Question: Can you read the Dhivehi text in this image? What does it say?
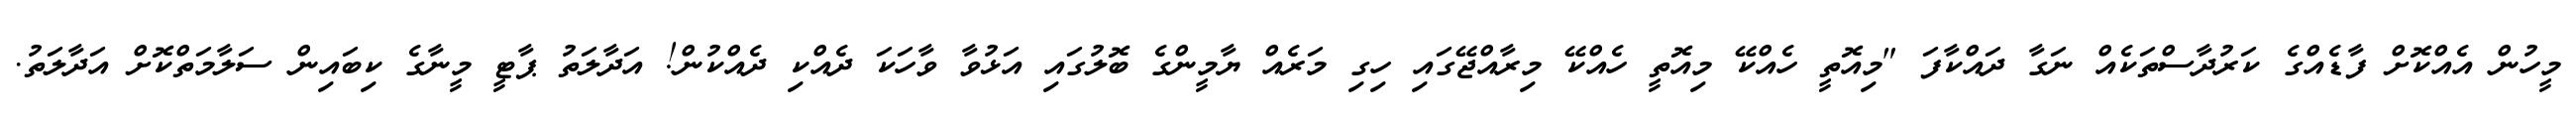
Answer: މީހުން އެއްކޮށް ފާޑެއްގެ ކަރުދާސްތަކެއް ނަގާ ދައްކާފަ "މިއޮތީ ހެއްކޭ މިއޮތީ ހެއްކޭ މިރާއްޖޭގައި ހިގި މަރެއް ޔާމީންގެ ބޮލުގައި އަޅުވާ ވާހަކަ ދެއްކި ދެއްކުން! އަދާލަތު ޕާޓީ މީނާގެ ކިބައިން ސަލާމަތްކޮށް އަދާލަތު.